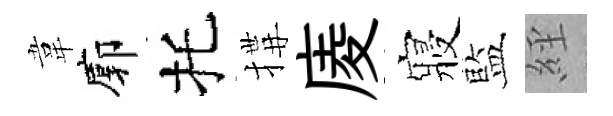
韋廓托搆庱寢藍𦀇